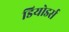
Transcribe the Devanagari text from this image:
डियोडर्स